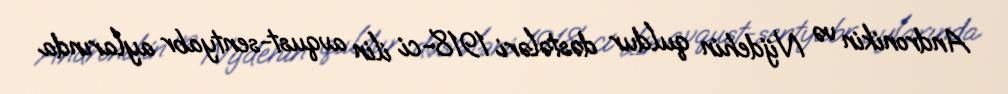
Andronikin və Nijdehin quldur dəstələri 1918-ci ilin avqust-sentyabr aylarında